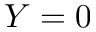
Y = 0